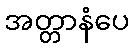
အတ္တာနံပေ